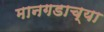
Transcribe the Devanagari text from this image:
मानगडाच्या